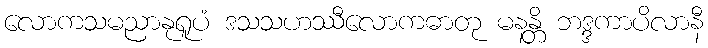
လောကသမညာနုရူပံ ဒသသဟဿီလောကဓာတု မနန္တိ ဘဒ္ဒကာပိလာနီ